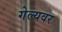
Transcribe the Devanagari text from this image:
गेल्यवर